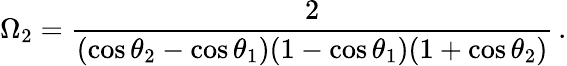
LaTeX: \Omega_{2}=\frac{2}{(\cos\theta_{2}-\cos\theta_{1})(1-\cos\theta_{1})(1+\cos\theta_{2})}\, .